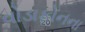
વોડાફોનના